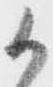
か